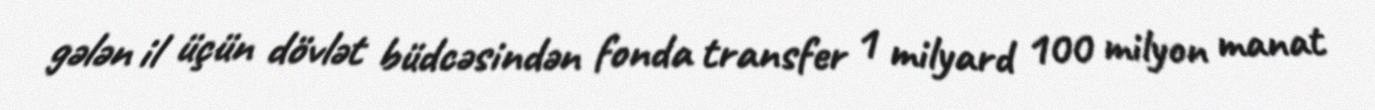
gələn il üçün dövlət büdcəsindən fonda transfer 1 milyard 100 milyon manat